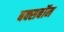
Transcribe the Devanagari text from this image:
बक्सबॉम